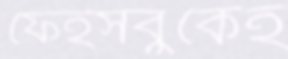
ফেইসবুকেই